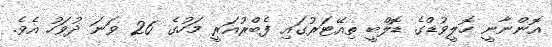
އޮންނާނީ ހޮލީވުޑްގެ ޑޮލްބީ ތިއޭޓަރުގައި ފެބްރުއަރީ މަހުގެ 26 ވަނަ ދުވަހު އެވެ.